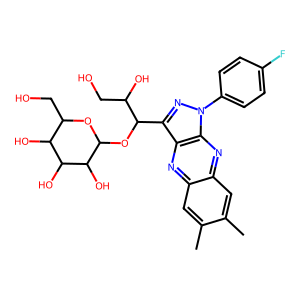
SMILES: Cc1cc2nc3c(C(OC4OC(CO)C(O)C(O)C4O)C(O)CO)nn(-c4ccc(F)cc4)c3nc2cc1C
Inhibits HIV replication: No